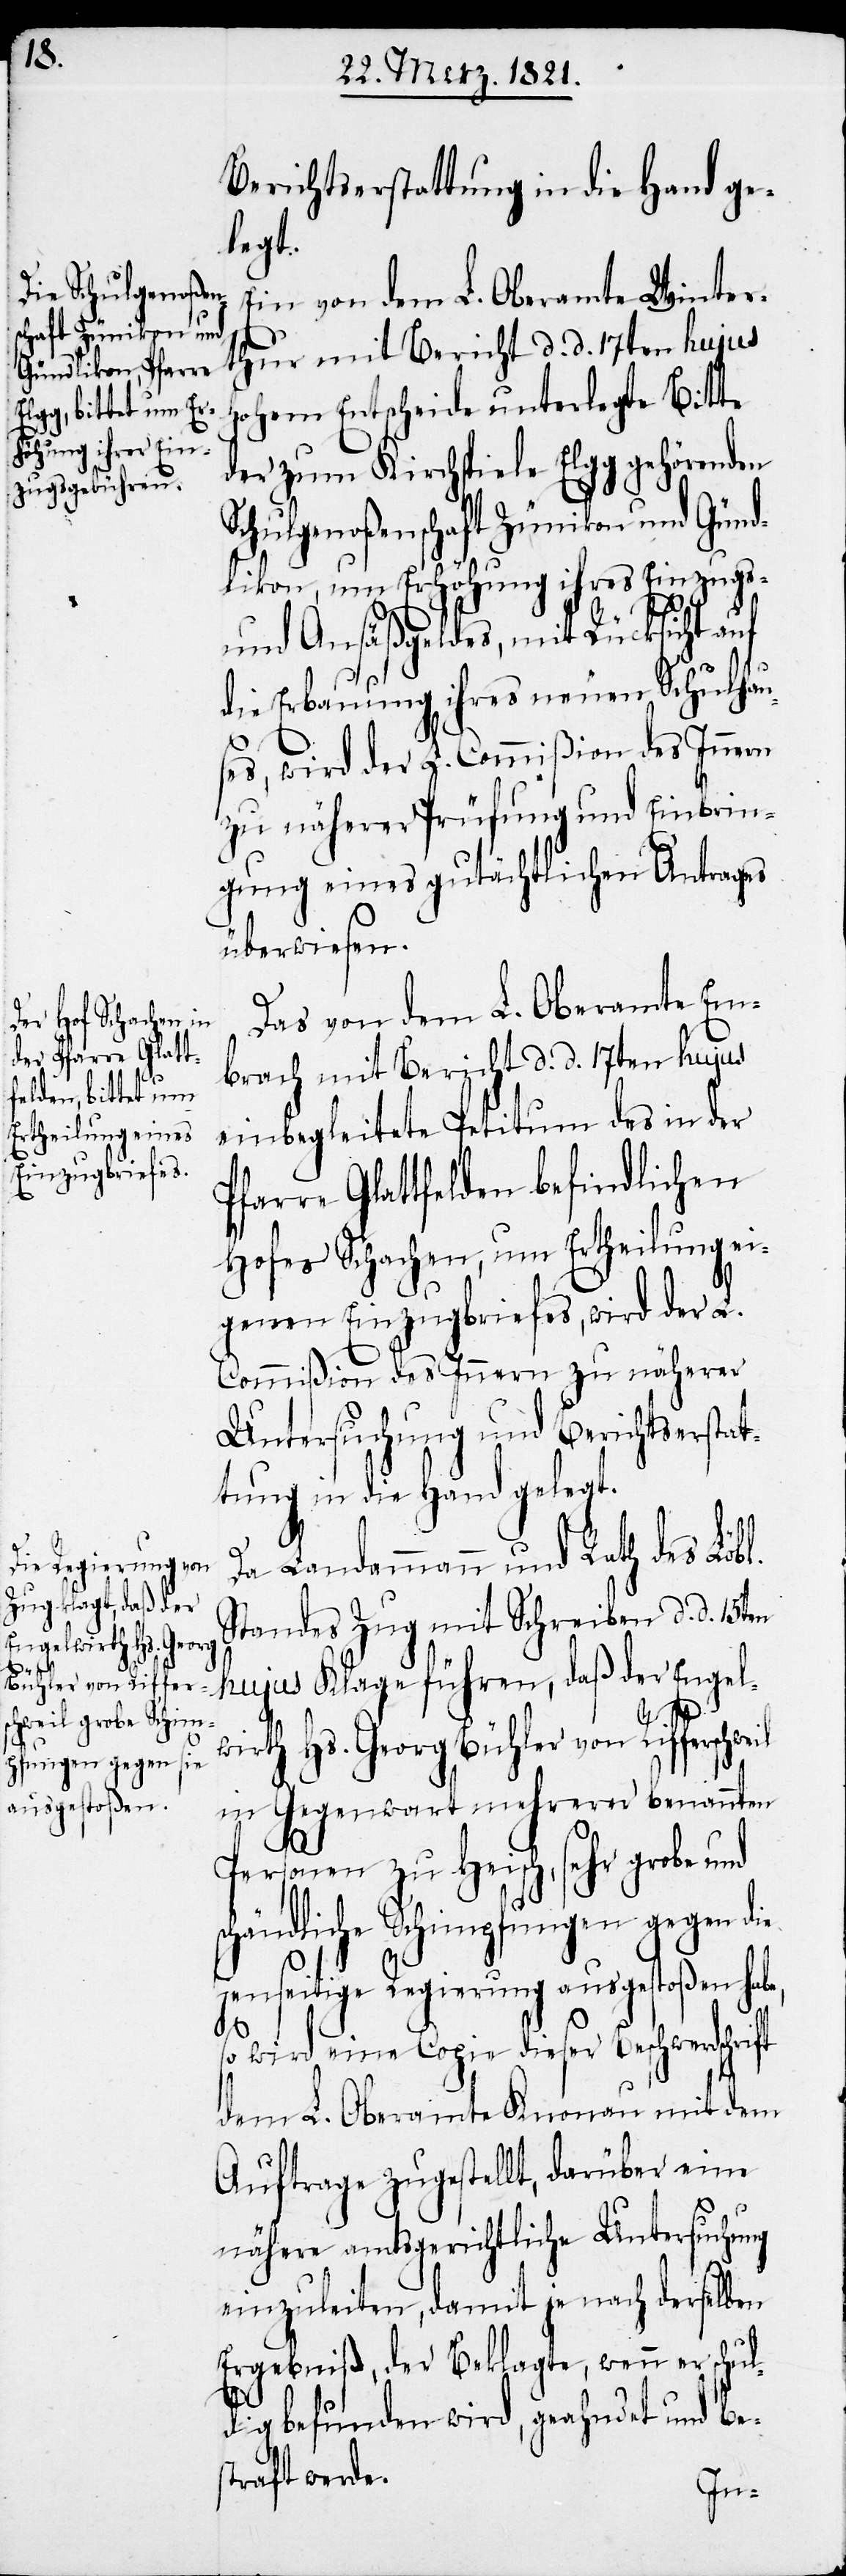
Berichtserstattung in die Hand ge¬
legt.
Ein von dem L. Oberamte Winter¬
thur mit Bericht d. d. 17ten hujus
hohem Entscheide unterlegte Bitte
der zum Kirchspiele Elgg gehörenden
Schulgenoßenschaft Zünikon und Günd¬
likon, um Erhöhung ihres Einzugs-
und Ansäßgeldes, mit Rücksicht auf
die Erbauung ihres neuen Schulhau¬
ses, wird der L. Commißion des Innern
zu näherer Prüfung und Einbrin¬
gung eines gutächtlichen Antrages
überwiesen.
Das von dem L. Oberamte Em¬
brach mit Bericht d. d. 17ten hujus
einbegleitete Petitum des in der
Pfarre Glattfelden befindlichen
Hofes Schachen, um Ertheilung ei¬
genen Einzugbriefes, wird der L.
Commißion des Innern zu näherer
Untersuchung und Berichtserstat¬
tung in die Hand gelegt.
Da Landammann und Rath des Löbl.
Standes Zug mit Schreiben d. d. 15ten
hujus Klage führen, daß der Engel¬
schweil
wirth Hs. Georg Bühler von Riffer¬
in Gegenwart mehrerer benannten
Personen zu Heisch, sehr
schändliche Schimpfungen gegen die
jenseitige Regierung ausgestoßen habe,
so wird eine Copie dieser Beschwerdschrift
dem L. Oberamte Knonau mit dem
Auftrage zugestellt, darüber eine
nähere amtsgerichtliche Untersuchung
einzuleiten, damit je nach derselben
Ergebniß, der Beklagte, wenn er schul¬
dig befunden wird, geahndet und bes¬
traft werde.